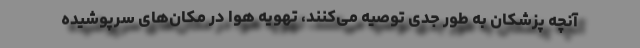
آنچه پزشکان به طور جدی توصیه می‌کنند، تهویه هوا در مکان‌های سرپوشیده